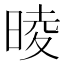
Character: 𣇾